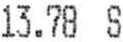
13.78 S